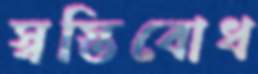
স্বস্তিবোধ